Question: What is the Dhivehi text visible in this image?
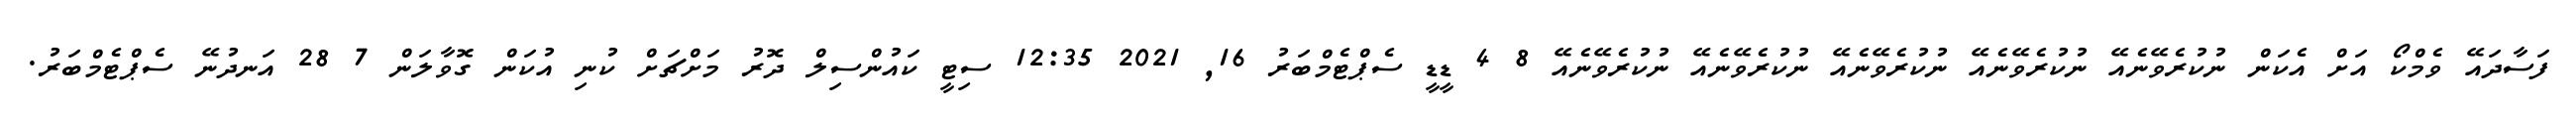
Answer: ފަސާދައޭ ވެމްކޯ އަށް އެކަން ނުކުރެވޭނެއޭ ނުކުރެވޭނެއޭ ނުކުރެވޭނެއޭ ނުކުރެވޭނެއޭ ނުކުރެވޭނެއޭ 8 4 ޑީޑީ ސެޕްޓެމްބަރު 16, 2021 12:35 ސިޓީ ކައުންސިލް ދޮރު މަށްޗަށް ކުނި އުކަން ގޮވާލަން 7 28 އަނދުނޭ ސެޕްޓެމްބަރު.